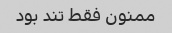
ممنون فقط تند بود